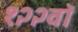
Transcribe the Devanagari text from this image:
१२२वॉ